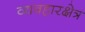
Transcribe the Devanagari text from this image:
व्यवहारक्षेत्र